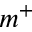
m ^ { + }